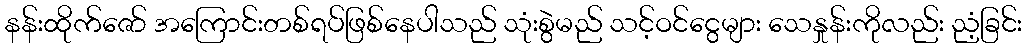
နန်းထိုက်ဇော် အကြောင်းတစ်ရပ်ဖြစ်နေပါသည် သုံးစွဲမည် သင့်ဝင်ငွေများ သေနှုန်းကိုလည်း ညံ့ခြင်း